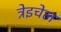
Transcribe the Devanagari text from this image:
त्रेइचेल